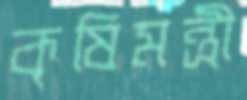
কৃষিমন্ত্রী